Indian journal of veterinary science and animal husbandry - Volumes 18-21, 1948-1951
Year: 1948
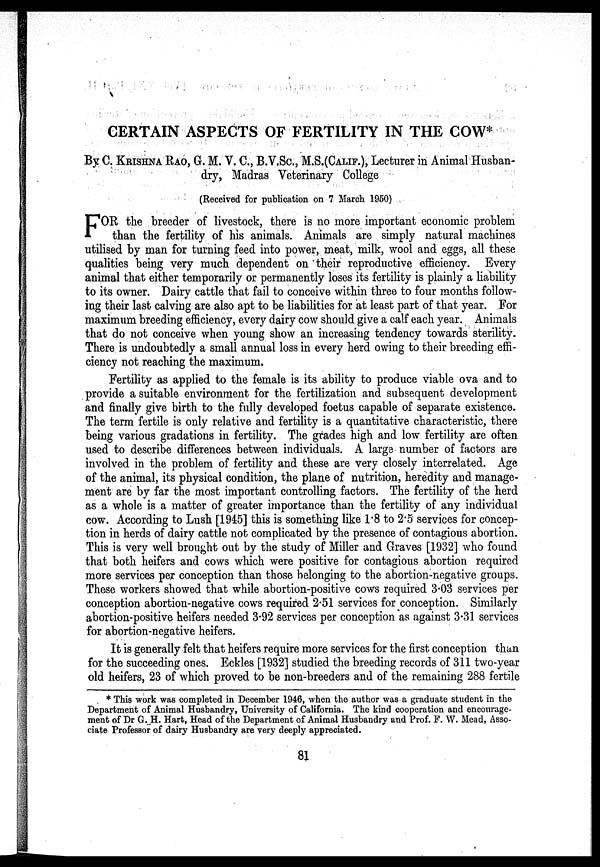
CERTAIN ASPECTS OF FERTILITY IN THE COW*
By C. KRISHNA RAO, G. M. V. C., B.V.Sc., M.S.(CALIF.), Lecturer in Animal Husban-
dry, Madras Veterinary College
(Received for publication on 7 March 1950)
F OR the breeder of livestock, there is no more important economic problem
than the fertility of his animals. Animals are simply natural machines
utilised by man for turning feed into power, meat, milk, wool and eggs, all these
qualities being very much dependent on their reproductive efficiency. Every
animal that either temporarily or permanently loses its fertility is plainly a liability
to its owner. Dairy cattle that fail to conceive within three to four months follow-
ing their last calving are also apt to be liabilities for at least part of that year. For
maximum breeding efficiency, every dairy cow should give a calf each year. Animals
that do not conceive when young show an increasing tendency towards sterility.
There is undoubtedly a small annual loss in every herd owing to their breeding effi-
ciency not reaching the maximum.
Fertility as applied to the female is its ability to produce viable ova and to
provide a suitable environment for the fertilization and subsequent development
and finally give birth to the fully developed foetus capable of separate existence.
The term fertile is only relative and fertility is a quantitative characteristic, there
being various gradations in fertility. The grades high and low fertility are often
used to describe differences between individuals. A large number of factors are
involved in the problem of fertility and these are very closely interrelated. Age
of the animal, its physical condition, the plane of nutrition, heredity and manage-
ment are by far the most important controlling factors. The fertility of the herd
as a whole is a matter of greater importance than the fertility of any individual
cow. According to Lush [1945] this is something like 1.8 to 2.5 services for concep-
tion in herds of dairy cattle not complicated by the presence of contagious abortion.
This is very well brought out by the study of Miller and Graves [1932] who found
that both heifers and cows which were positive for contagious abortion required
more services per conception than those belonging to the abortion-negative groups.
These workers showed that while abortion-positive cows required 3.03 services per
conception abortion-negative cows required 2.51 services for conception. Similarly
abortion-positive heifers needed 3.92 services per conception as against 3.31 services
for abortion-negative heifers.
It is generally felt that heifers require more services for the first conception than
for the succeeding ones. Eckles [1932] studied the breeding records of 311 two-year
old heifers, 23 of which proved to be non-breeders and of the remaining 288 fertile
* This work was completed in December 1946, when the author was a graduate student in the
Department of Animal Husbandry, University of California. The kind cooperation and encourage-
ment of Dr G. H. Hart, Head of the Department of Animal Husbandry and Prof. F. W. Mead, Asso-
ciate Professor of dairy Husbandry are very deeply appreciated.
81